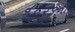
૧૦૨૬ની